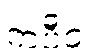
ကပီဝ